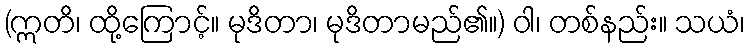
(ဣတိ၊ ထို့ကြောင့်။ မုဒိတာ၊ မုဒိတာမည်၏။) ဝါ၊ တစ်နည်း။ သယံ၊